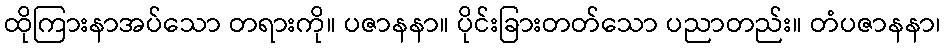
ထိုကြားနာအပ်သော တရားကို။ ပဇာနနာ။ ပိုင်းခြားတတ်သော ပညာတည်း။ တံပဇာနနာ၊